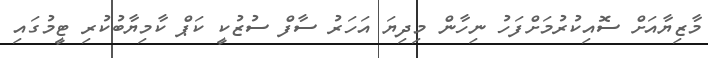
މާޒިޔާއަށް ސޮއިކުރުމަށްފަހު ނިހާން މިދިޔަ އަހަރު ސާފް ސުޒުކީ ކަޕް ކާމިޔާބުކުރި ޓީމުގައި